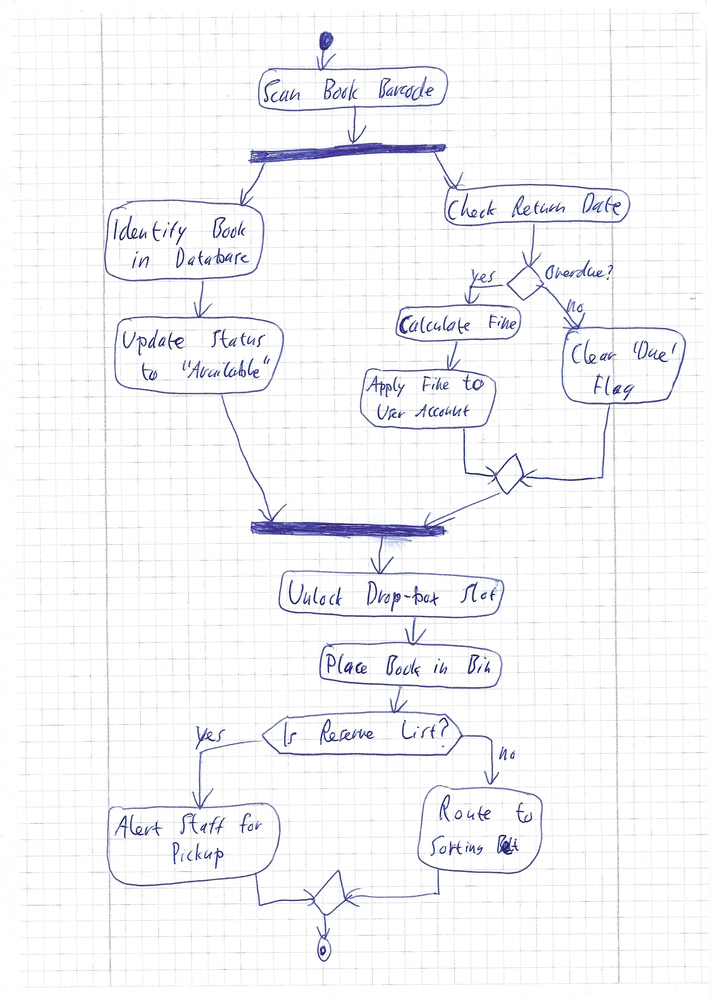
Diagram type: activity_diagram
```plantuml
@startuml

start
:Scan Book Barcode;
fork
  :Identify Book in Database;
  :Update Status to "Available";
fork again
  :Check Return Date;
  if (Overdue?) then (yes)
    :Calculate Fine;
    :Apply Fine to User Account;
  else (no)
    :Clear 'Due' Flag;
  endif
end fork
:Unlock Drop-box Slot;
:Place Book in Bin;
if (Is Reserve List?) then (yes)
  :Alert Staff for Pickup;
else (no)
  :Route to Sorting Belt;
endif
stop

@enduml
```